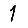
Digit: 1